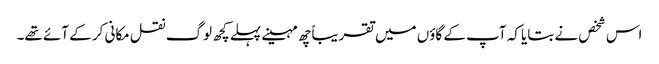
اس شخص نے بتایا کہ آپ کے گاؤں میں تقریباًچھ مہینے پہلے کچھ لوگ نقل مکانی کر کے آئے تھے۔